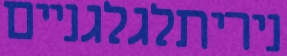
ניריתלגלגניים